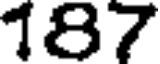
187